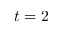
t = 2